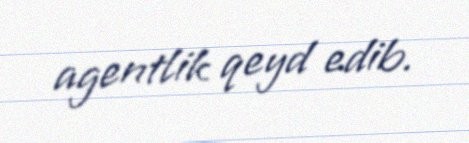
agentlik qeyd edib.